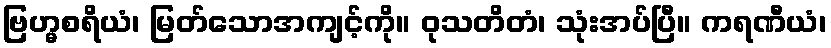
ဗြဟ္မစရိယံ၊ မြတ်သောအကျင့်ကို။ ဝုသတိတံ၊ သုံးအပ်ပြီ။ ကရဏီယံ၊